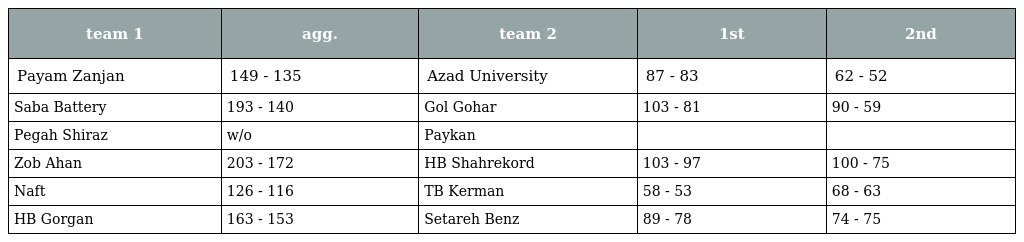
| team 1 | agg. | team 2 | 1st | 2nd |
 | --- | --- | --- | --- | --- |
 | Payam Zanjan | 149 - 135 | Azad University | 87 - 83 | 62 - 52 |
 | Saba Battery | 193 - 140 | Gol Gohar | 103 - 81 | 90 - 59 |
 | Pegah Shiraz | w/o | Paykan |  |  |
 | Zob Ahan | 203 - 172 | HB Shahrekord | 103 - 97 | 100 - 75 |
 | Naft | 126 - 116 | TB Kerman | 58 - 53 | 68 - 63 |
 | HB Gorgan | 163 - 153 | Setareh Benz | 89 - 78 | 74 - 75 |